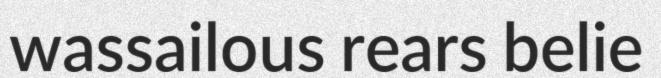
wassailous rears belie